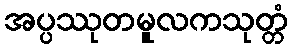
အပ္ပဿုတမူလကသုတ္တံ